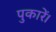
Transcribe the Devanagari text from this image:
पुकारें।